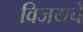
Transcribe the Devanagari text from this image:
विजयचे